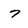
Character: 7